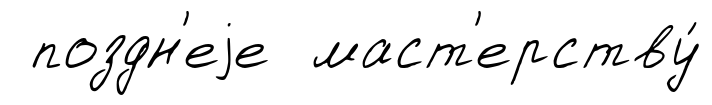
поздн'еjе маст'ерству́